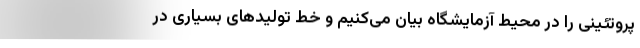
پروتئینی را در محیط آزمایشگاه بیان می‌کنیم و خط تولیدهای بسیاری در